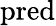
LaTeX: \mathrm{pred}